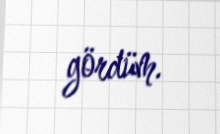
gördüm.